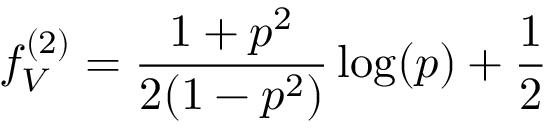
f _ { V } ^ { ( 2 ) } = \frac { 1 + p ^ { 2 } } { 2 ( 1 - p ^ { 2 } ) } \log ( p ) + \frac { 1 } { 2 }